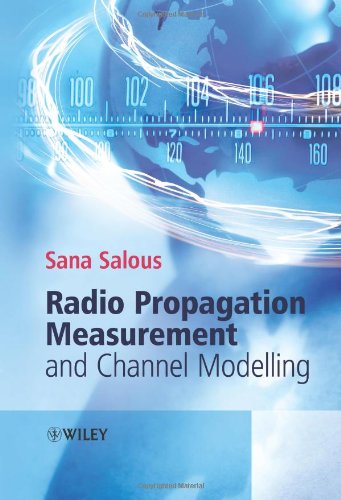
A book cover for Radio Propagation Measurement and Channel Modelling; Sana Salous; Crafts, Hobbies & Home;